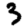
Digit: 3